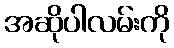
အဆိုပါလမ်းကို